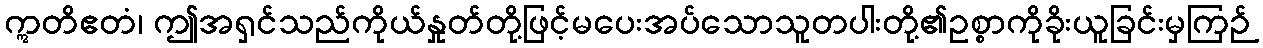
ဣတိဧတံ၊ ဤအရှင်သည်ကိုယ်နှုတ်တို့ဖြင့်မပေးအပ်သောသူတပါးတို့၏ဥစ္စာကိုခိုးယူခြင်းမှကြဉ်